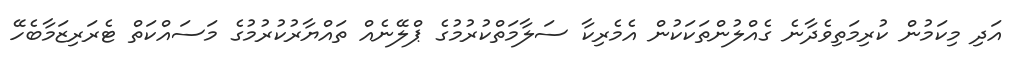
އަދި މިކަމުން ކުރިމަތިވެދާނެ ގެއްލުންތަކަކުން އެމެރިކާ ސަލާމަތްކުރުމުގެ ޕްލޭނެއް ތައްޔާރުކުރުމުގެ މަސައްކަތް ޓެރަރިޒަމާބެހޭ